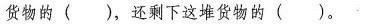
货物的( )，还剩下这堆货物的( )。